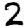
Digit: 2